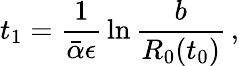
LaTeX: t_{1}={\frac{1}{\bar{\alpha}\epsilon}}\ln{\frac{b}{R_{0}(t_{0})}}\, ,